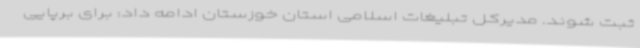
ثبت شوند. مدیرکل تبلیغات اسلامی استان خوزستان ادامه داد: برای برپایی